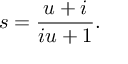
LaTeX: s = { \frac { u + i } { i u + 1 } } .